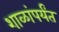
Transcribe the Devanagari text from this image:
शाळांपर्यंत